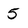
Character: 5